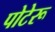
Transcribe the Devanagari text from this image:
पोटेरू